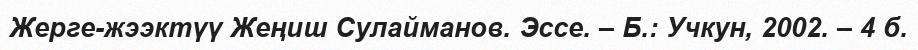
Жерге-жээктүү Жеңиш Сулайманов. Эссе. – Б.: Учкун, 2002. – 4 б.